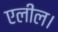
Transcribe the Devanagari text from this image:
एलील।